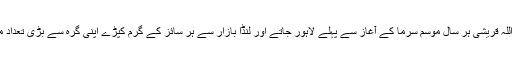
پروفیسر سمیع اللہ قریشی ہر سال موسم سرما کے آغاز سے پہلے لاہور جاتے اور لنڈا بازار سے ہر سائز کے گرم کپڑے اپنی گرہ سے بڑی تعداد میں خرید لاتے۔